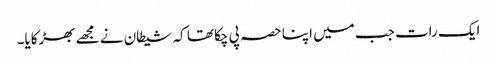
ایک رات جب میں اپنا حصہ پی چکا تھا کہ شیطان نے مجھے بھڑکایا۔